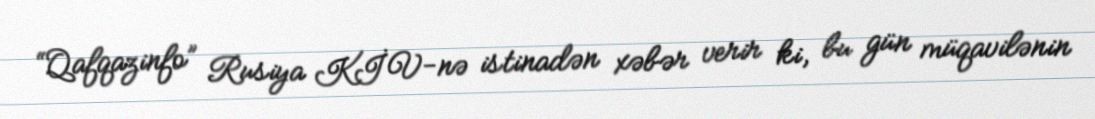
“Qafqazinfo” Rusiya KİV-nə istinadən xəbər verir ki, bu gün müqavilənin